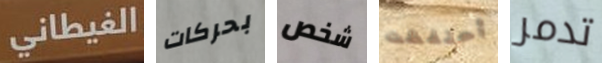
الغيطاني بحركات شخص أحتفظت تدمر